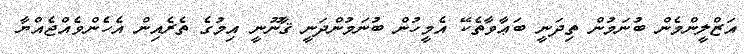
އަޒްލީންމެން ބުނަމުން ތިދަނީ ބަޢާވާތެކޭ އެމީހުން ބުނަމުންދަނީ ޤާނޫނީ އިމުގެ ތެރެއިން އެހެންވެއްޖެއްޔާ